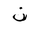
Letter: _non